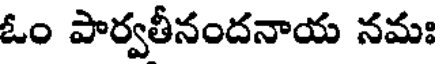
ఓం పార్వతీనందనాయ నమః